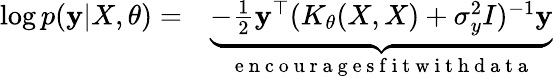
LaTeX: \begin{array}{rl}{\log p(\mathbf{y}|X,\theta)=}&{{}\underbrace{-\frac{1}{2}\mathbf{y}^{\top}(K_{\theta}(X,X)+\sigma_{y}^{2}I)^{-1}\mathbf{y}}_{\mathrm{~e~n~c~o~u~r~a~g~e~s~f~i~t~w~i~t~h~d~a~t~a~}}}\end{array}